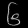
Digit: ၆